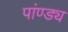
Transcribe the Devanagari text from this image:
पांण्ड्य